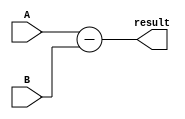
module comb_subtractor (
    input [3:0] A,
    input [3:0] B,
    output [3:0] result
);

assign result = A - B;

endmodule